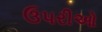
ઉપરીઓ